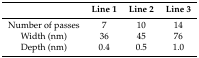
<table><thead><tr><td></td><td><b>Line 1</b></td><td><b>Line 2</b></td><td><b>Line 3</b></td></tr></thead><tbody><tr><td>Number of passes</td><td>7</td><td>10</td><td>14</td></tr><tr><td>Width (nm)</td><td>36</td><td>45</td><td>76</td></tr><tr><td>Depth (nm)</td><td>0.4</td><td>0.5</td><td>1.0</td></tr></tbody></table>